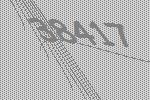
38417